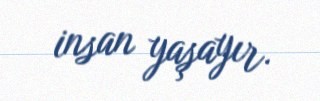
insan yaşayır.